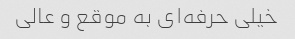
خیلی حرفه‌ای به موقع و عالی